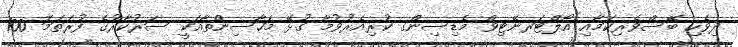
ދިވެހި ބޭސްވެރިކަމާއި އޯލްޓަރނޭޓިވް މެޑިސިންގ ކުރިއެރުވުމާ ގުޅޭ މަހާސިންތާއަކީ ސަރުކާރުގެ ފުރަތަމަ 100